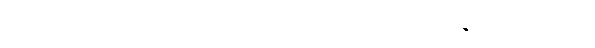
ဤဗြဟ္မဝိဟာရတရားတို့ကို။ ဘာဝေတွာ၊ ပွားစေ၍။ ကာယဿ၊ ခန္ဓာကိုယ်၏။ ဘေဒါ၊